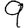
Digit: 9